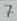
Text: 7